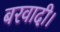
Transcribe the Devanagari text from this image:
बरवादी।